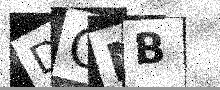
Text: DQMB